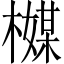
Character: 𬄪